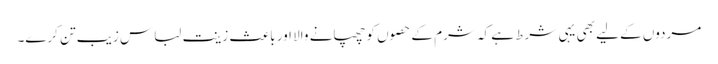
مردوں کے لیے بھی یہی شرط ہے کہ شرم کے حصوں کو چھپانے والا اور باعث زینت لباس زیب تن کرے۔